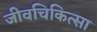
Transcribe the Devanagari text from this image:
जीवचिकित्सा